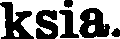
ksia.